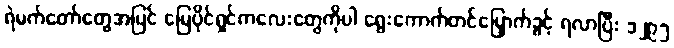
ရဲမက်တော်တွေအပြင် မြေပိုင်ရှင်ကလေးတွေကိုပါ ရွေးကောက်တင်မြှောက်ခွင့် ရလာပြီး ၁၂၉၅